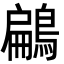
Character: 鶣